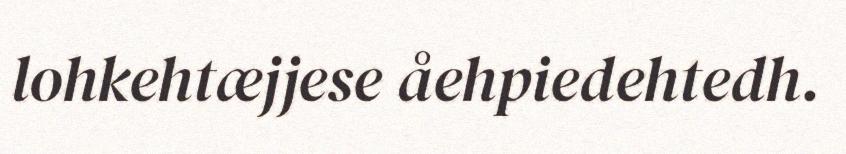
lohkehtæjjese åehpiedehtedh.